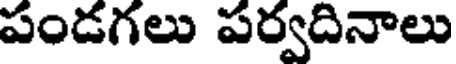
పండగలు పర్వదినాలు